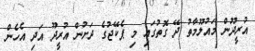
އުރީދޫން މައުލޫމާތު ދޭ ގޮތުގައި މި ޕެކޭޖުގެ ދަށުން އުރީދޫ އަދި އެހެން